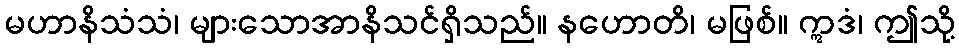
မဟာနိသံသံ၊ များသောအာနိသင်ရှိသည်။ နဟောတိ၊ မဖြစ်။ ဣဒံ၊ ဤသို့